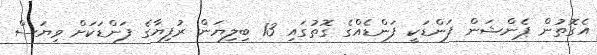
އެގޮތުން ޕެންޝަން ފަންޑަކީ ފަންޑެއްގެ ގޮތުގައި 13 ބިލިޔަން ރުފިޔާގެ ފަންޑަކަށް ވިޔަސް